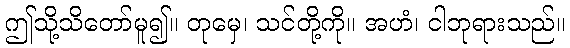
ဤသို့သိတော်မူ၍။ တုမှေ၊ သင်တို့ကို။ အဟံ၊ ငါဘုရားသည်။